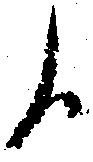
候